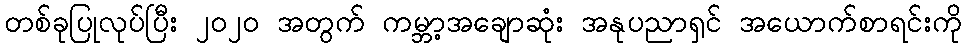
တစ်ခုပြုလုပ်ပြီး ၂၀၂၀ အတွက် ကမ္ဘာ့အချောဆုံး အနုပညာရှင် အယောက်စာရင်းကို